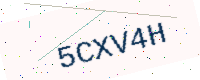
Text: 5CXV4H